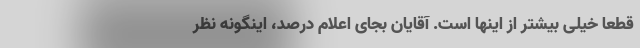
قطعا خیلی بیشتر از اینها است. آقایان بجای اعلام درصد، اینگونه نظر